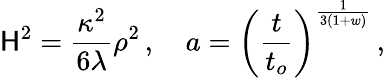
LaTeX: \mathsf{H}^{2}=\frac{{\kappa^{2}}}{{6\lambda}}\rho^{2}\, ,~~~~a=\left(\frac{{t}}{{t_{o}}}\right)^{\frac{{1}}{{3(1+w)}}}\, ,